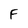
Character: F